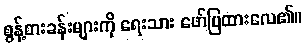
စွန့်စားခန်းများကို ရေးသား ဖော်ပြထားလေ၏။